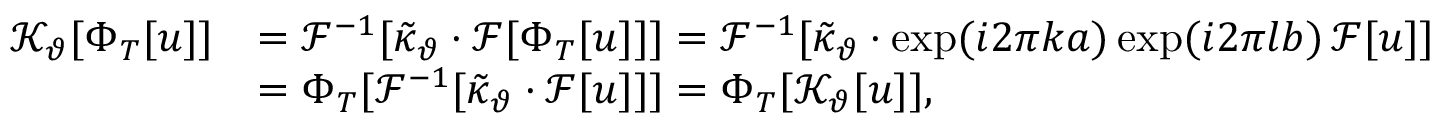
\begin{array} { r l } { \mathcal { K } _ { \vartheta } [ \Phi _ { T } [ u ] ] } & { = \mathcal { F } ^ { - 1 } [ \tilde { \kappa } _ { \vartheta } \cdot \mathcal { F } [ \Phi _ { T } [ u ] ] ] = \mathcal { F } ^ { - 1 } [ \tilde { \kappa } _ { \vartheta } \cdot \exp ( i 2 \pi k a ) \exp ( i 2 \pi l b ) \, \mathcal { F } [ u ] ] } \\ & { = \Phi _ { T } [ \mathcal { F } ^ { - 1 } [ \tilde { \kappa } _ { \vartheta } \cdot \mathcal { F } [ u ] ] ] = \Phi _ { T } [ \mathcal { K } _ { \vartheta } [ u ] ] , } \end{array}